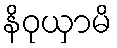
နိဝုယှာမိ